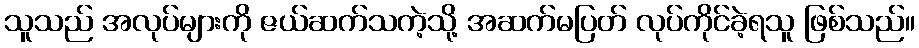
သူသည် အလုပ်များကို ဇယ်ဆက်သကဲ့သို့ အဆက်မပြတ် လုပ်ကိုင်ခဲ့ရသူ ဖြစ်သည်။